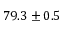
7 9 . 3 \pm 0 . 5